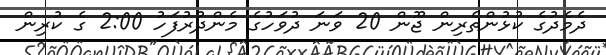
ދެމެދުގެ ކުޅުންތެރިން ޖޫން 20 ވަނަ ދުވަހުގެ މެންދުރުފަހު 2:00 ގެ ކުރިން